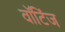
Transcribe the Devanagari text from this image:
वॉटिंज